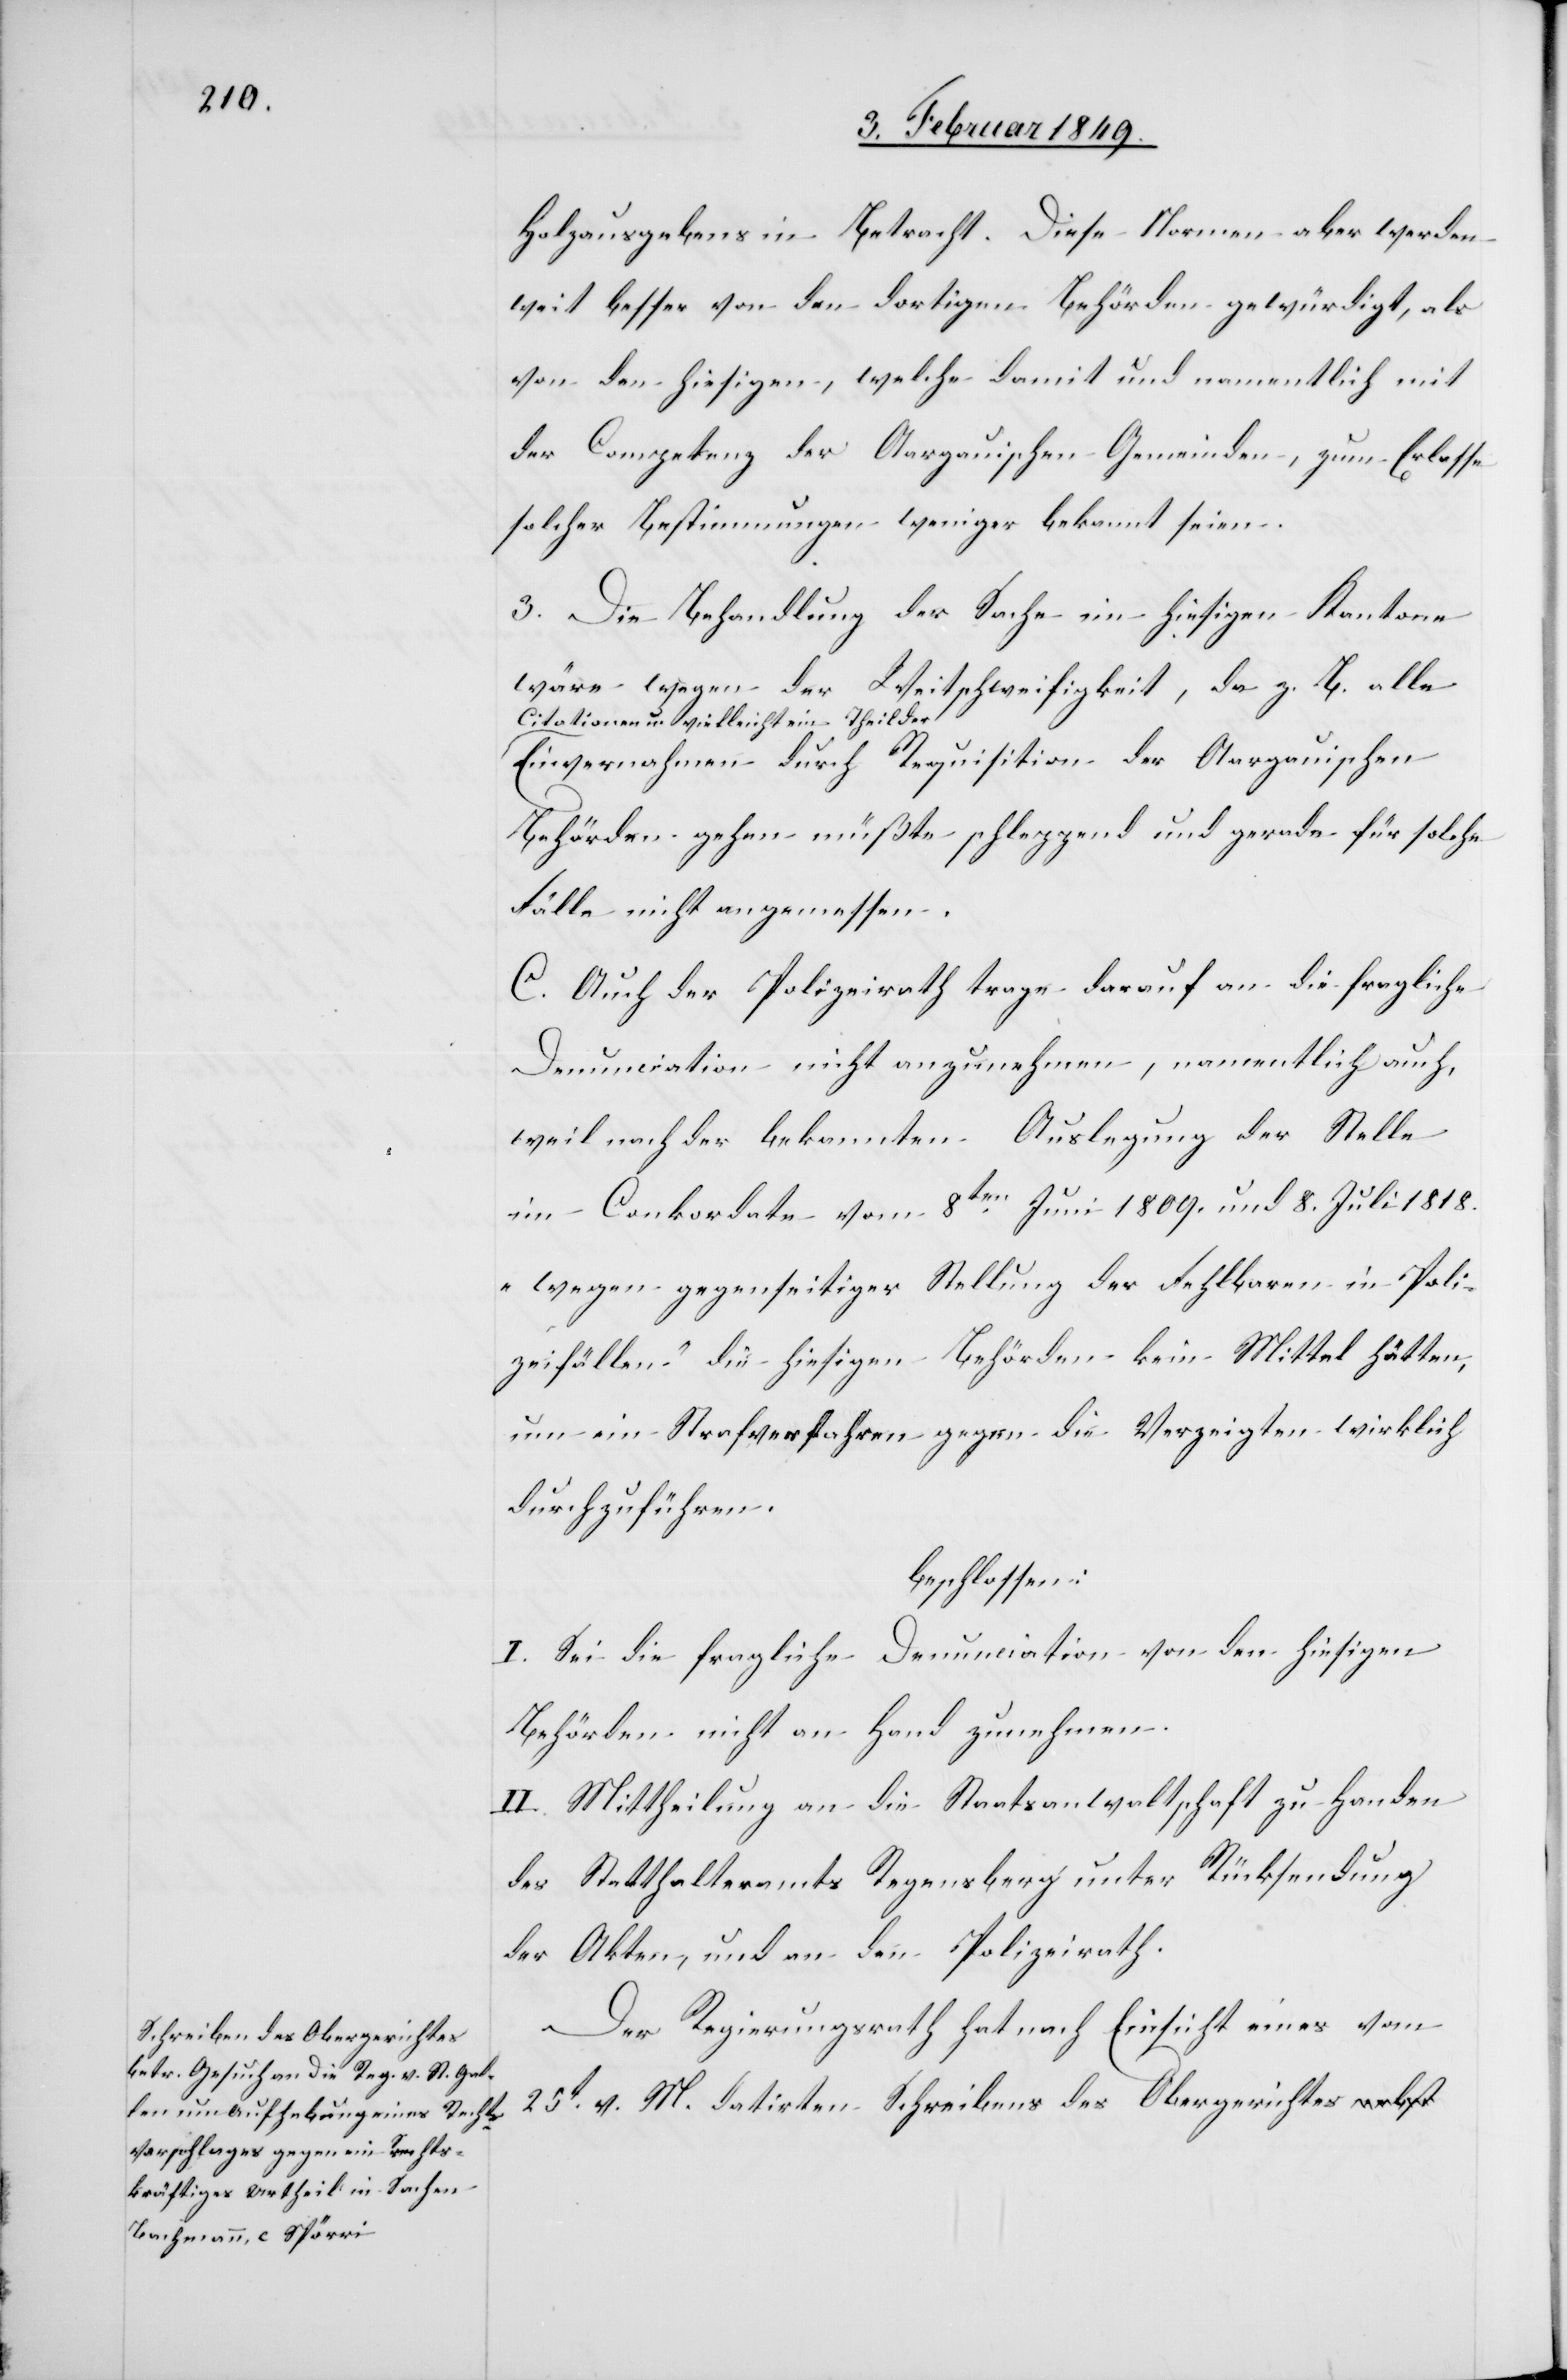
Holzausgebens in Betracht. Diese Normen aber werden
weit besser von den dortigen Behörden gewürdigt, als
von den hiesigen, welche damit und namentlich mit
der Competenz der Aargauischen Gemeinden, zum Erlasse
solcher Bestimmungen weniger bekannt seien.
3. Die Behandlung der Sache im hiesigen Kantone
wäre wegen der Weitschweifigkeit, da z. B. alle
Citationen u. vielleicht ein Theil der
Einvernahmen durch Requisition der Aargauischen
Behörden gehen müßte schleppend und gerade für solche
Fälle nicht angemessen.
C. Auch der Polizeirath trage darauf an die fragliche
Denunciation nicht anzunehmen, namentlich auch,
weil nach der bekannten Auslegung der Stelle
im Conkordate vom 8ten. Juni 1809. und 8. Juli 1818.
„wegen gegenseitiger Stellung der Fehlbaren in Poli¬
zeifällen“ die hiesigen Behörden kein Mittel hätten,
um ein Strafverfahren gegen die Verzeigten wirklich
durchzuführen.
beschlossen:
I. Sei die fragliche Denunciation von den hiesigen
Behörden nicht an Hand zunehmen.
II. Mittheilung an die Staatsanwaltschaft zu Handen
des Statthalteramtes Regensberg unter Rücksendung
der Akten, und an den Polizeirath.
Der Regierungsrath hat nach Einsicht eines vom
25t. v. M. datirten Schreibens des Obergerichtes